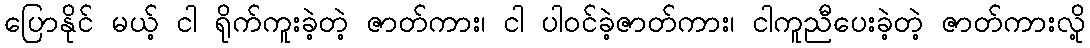
ပြောနိုင် မယ့် ငါ ရိုက်ကူးခဲ့တဲ့ ဇာတ်ကား၊ ငါ ပါဝင်ခဲ့ဇာတ်ကား၊ ငါကူညီပေးခဲ့တဲ့ ဇာတ်ကားလို့